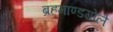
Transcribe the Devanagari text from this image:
ब्रहमाण्डगोले